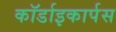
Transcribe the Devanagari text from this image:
कॉर्डाइकार्पस